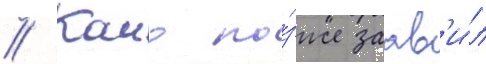
// Камо по́зже заав'и́л